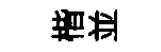
楷並